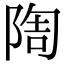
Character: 𨺃